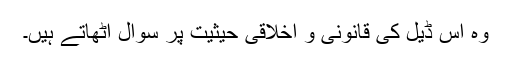
وہ اس ڈيل کی قانونی و اخلاقی حيثيت پر سوال اٹھاتے ہيں۔